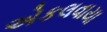
એકલવાયા